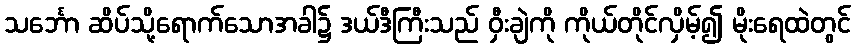
သင်္ဘော ဆိပ်သို့ရောက်သောအခါ၌ ဒယ်ဒီကြီးသည် ဝှီးချဲကို ကိုယ်တိုင်လှိမ့်၍ မိုးရေထဲတွင်